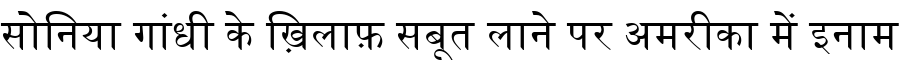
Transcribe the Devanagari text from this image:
सोनिया गांधी के ख़िलाफ़ सबूत लाने पर अमरीका में इनाम